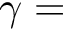
\gamma =